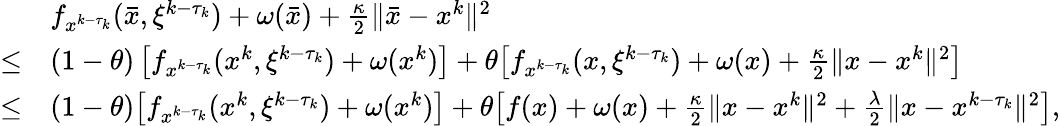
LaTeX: \begin{array}{rl}&{f_{x^{k-\tau_{k}}}(\bar{x},\xi^{k-\tau_{k}})+\omega(\bar{x})+\frac{\kappa}{2}\| \bar{x}-x^{k}\| ^{2}}\\ {\leq}&{(1-\theta)\left[f_{x^{k-\tau_{k}}}(x^{k},\xi^{k-\tau_{k}})+\omega(x^{k})\right]+\theta\big[f_{x^{k-\tau_{k}}}(x,\xi^{k-\tau_{k}})+\omega(x)+\frac{\kappa}{2}\| x-x^{k}\| ^{2}\big]}\\ {\leq}&{(1-\theta)\big[f_{x^{k-\tau_{k}}}(x^{k},\xi^{k-\tau_{k}})+\omega(x^{k})\big]+\theta\big[f(x)+\omega(x)+\frac{\kappa}{2}\| x-x^{k}\| ^{2}+\frac{\lambda}{2}\| x-x^{k-\tau_{k}}\| ^{2}\big],}\end{array}